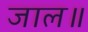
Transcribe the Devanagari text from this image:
जाल॥